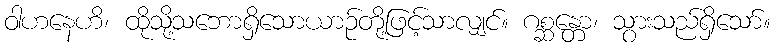
ဝါဟနေဟိ၊ ထိုသို့သဘောရှိသောယာဉ်တို့ဖြင့်သာလျှင်။ ဂစ္ဆန္တော၊ သွားသည်ရှိသော်။